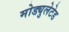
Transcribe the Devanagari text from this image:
मोड्युलेटेड